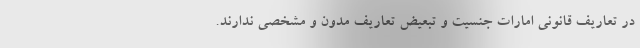
در تعاریف قانونی امارات جنسیت و تبعیض تعاریف مدون و مشخصی ندارند.